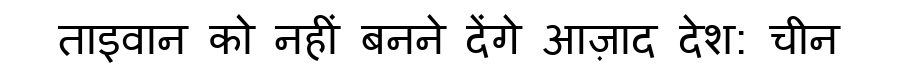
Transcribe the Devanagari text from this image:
ताइवान को नहीं बनने देंगे आज़ाद देश: चीन